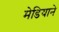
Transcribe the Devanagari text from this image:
मेडियाने